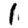
Digit: 1